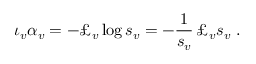
\iota _ { v } \alpha _ { v } = - \pounds _ { v } \log s _ { v } = - \frac { 1 } { s _ { v } } \, \pounds _ { v } s _ { v } \ .